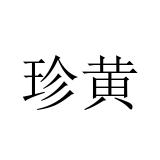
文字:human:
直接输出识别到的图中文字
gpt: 珍黄